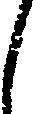
し